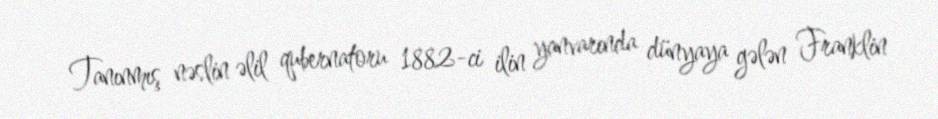
Tanınmış nəslin əlil qubernatoru 1882-ci ilin yanvarında dünyaya gələn Franklin